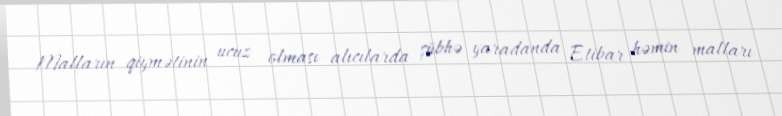
Malların qiymətinin ucuz olması alıcılarda şübhə yaradanda Etibar həmin malları